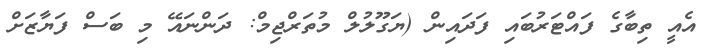
އެއީ ތިބާގެ ފައްޓަރުބައި ފަދައިން (ޔަގޫލުލް މުތަރްޖިމް: ދަންނައޭ މި ބަސް ފަޔާޒަށް